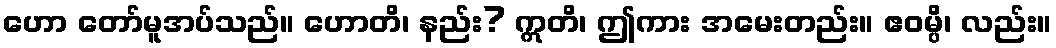
ဟော တော်မူအပ်သည်။ ဟောတိ၊ နည်း? ဣတိ၊ ဤကား အမေးတည်း။ ဧဝမ္ပိ၊ လည်း။